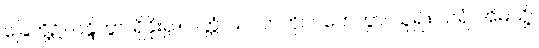
ခြေတို့၌။ ဝန္ဒိတွာ၊ ရှိခိုး၍။ ပတ္တံ၊ သပိတ်ကို။ ဂဟေတွာ၊ ယူ၍။ ဃရံ၊ အိမ်သို့။